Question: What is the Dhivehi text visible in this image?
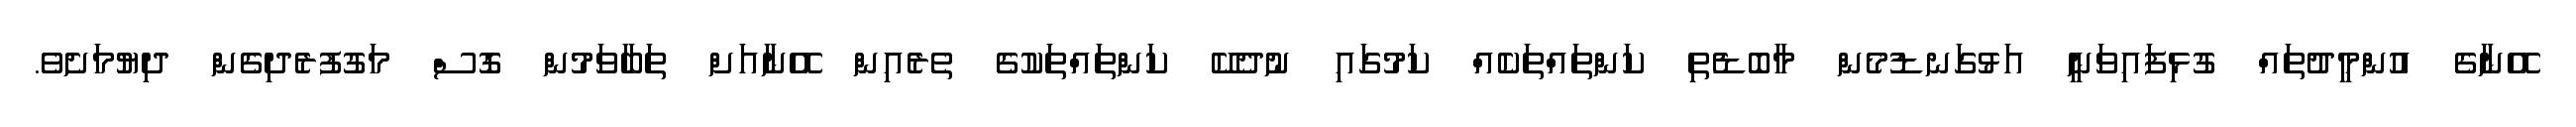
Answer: އޭނާގެ އުންމީދުތައް ގުޅިފައިވަނީ އަޅުގަނޑުމެން މާބޮޑެތި ކަންތައްތަކެއް ކަމުގައި ނުދެކޭ ކަންތައްތަކުގެ ތެރެއިން އޭނާއަށް ތަބާވަމުން ގޮސް މަގުފުރެދިގެން ދިޔުމަށެވެ.